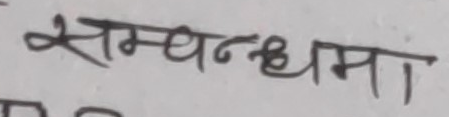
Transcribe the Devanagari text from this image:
सम्बन्धमा